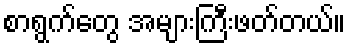
စာရွက်တွေ အများကြီးဖတ်တယ်။